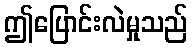
ဤပြောင်းလဲမှုသည်